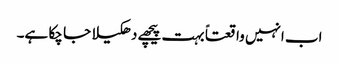
اب انہیں واقعتاً بہت پیچھے دھکیلا جا چکا ہے۔